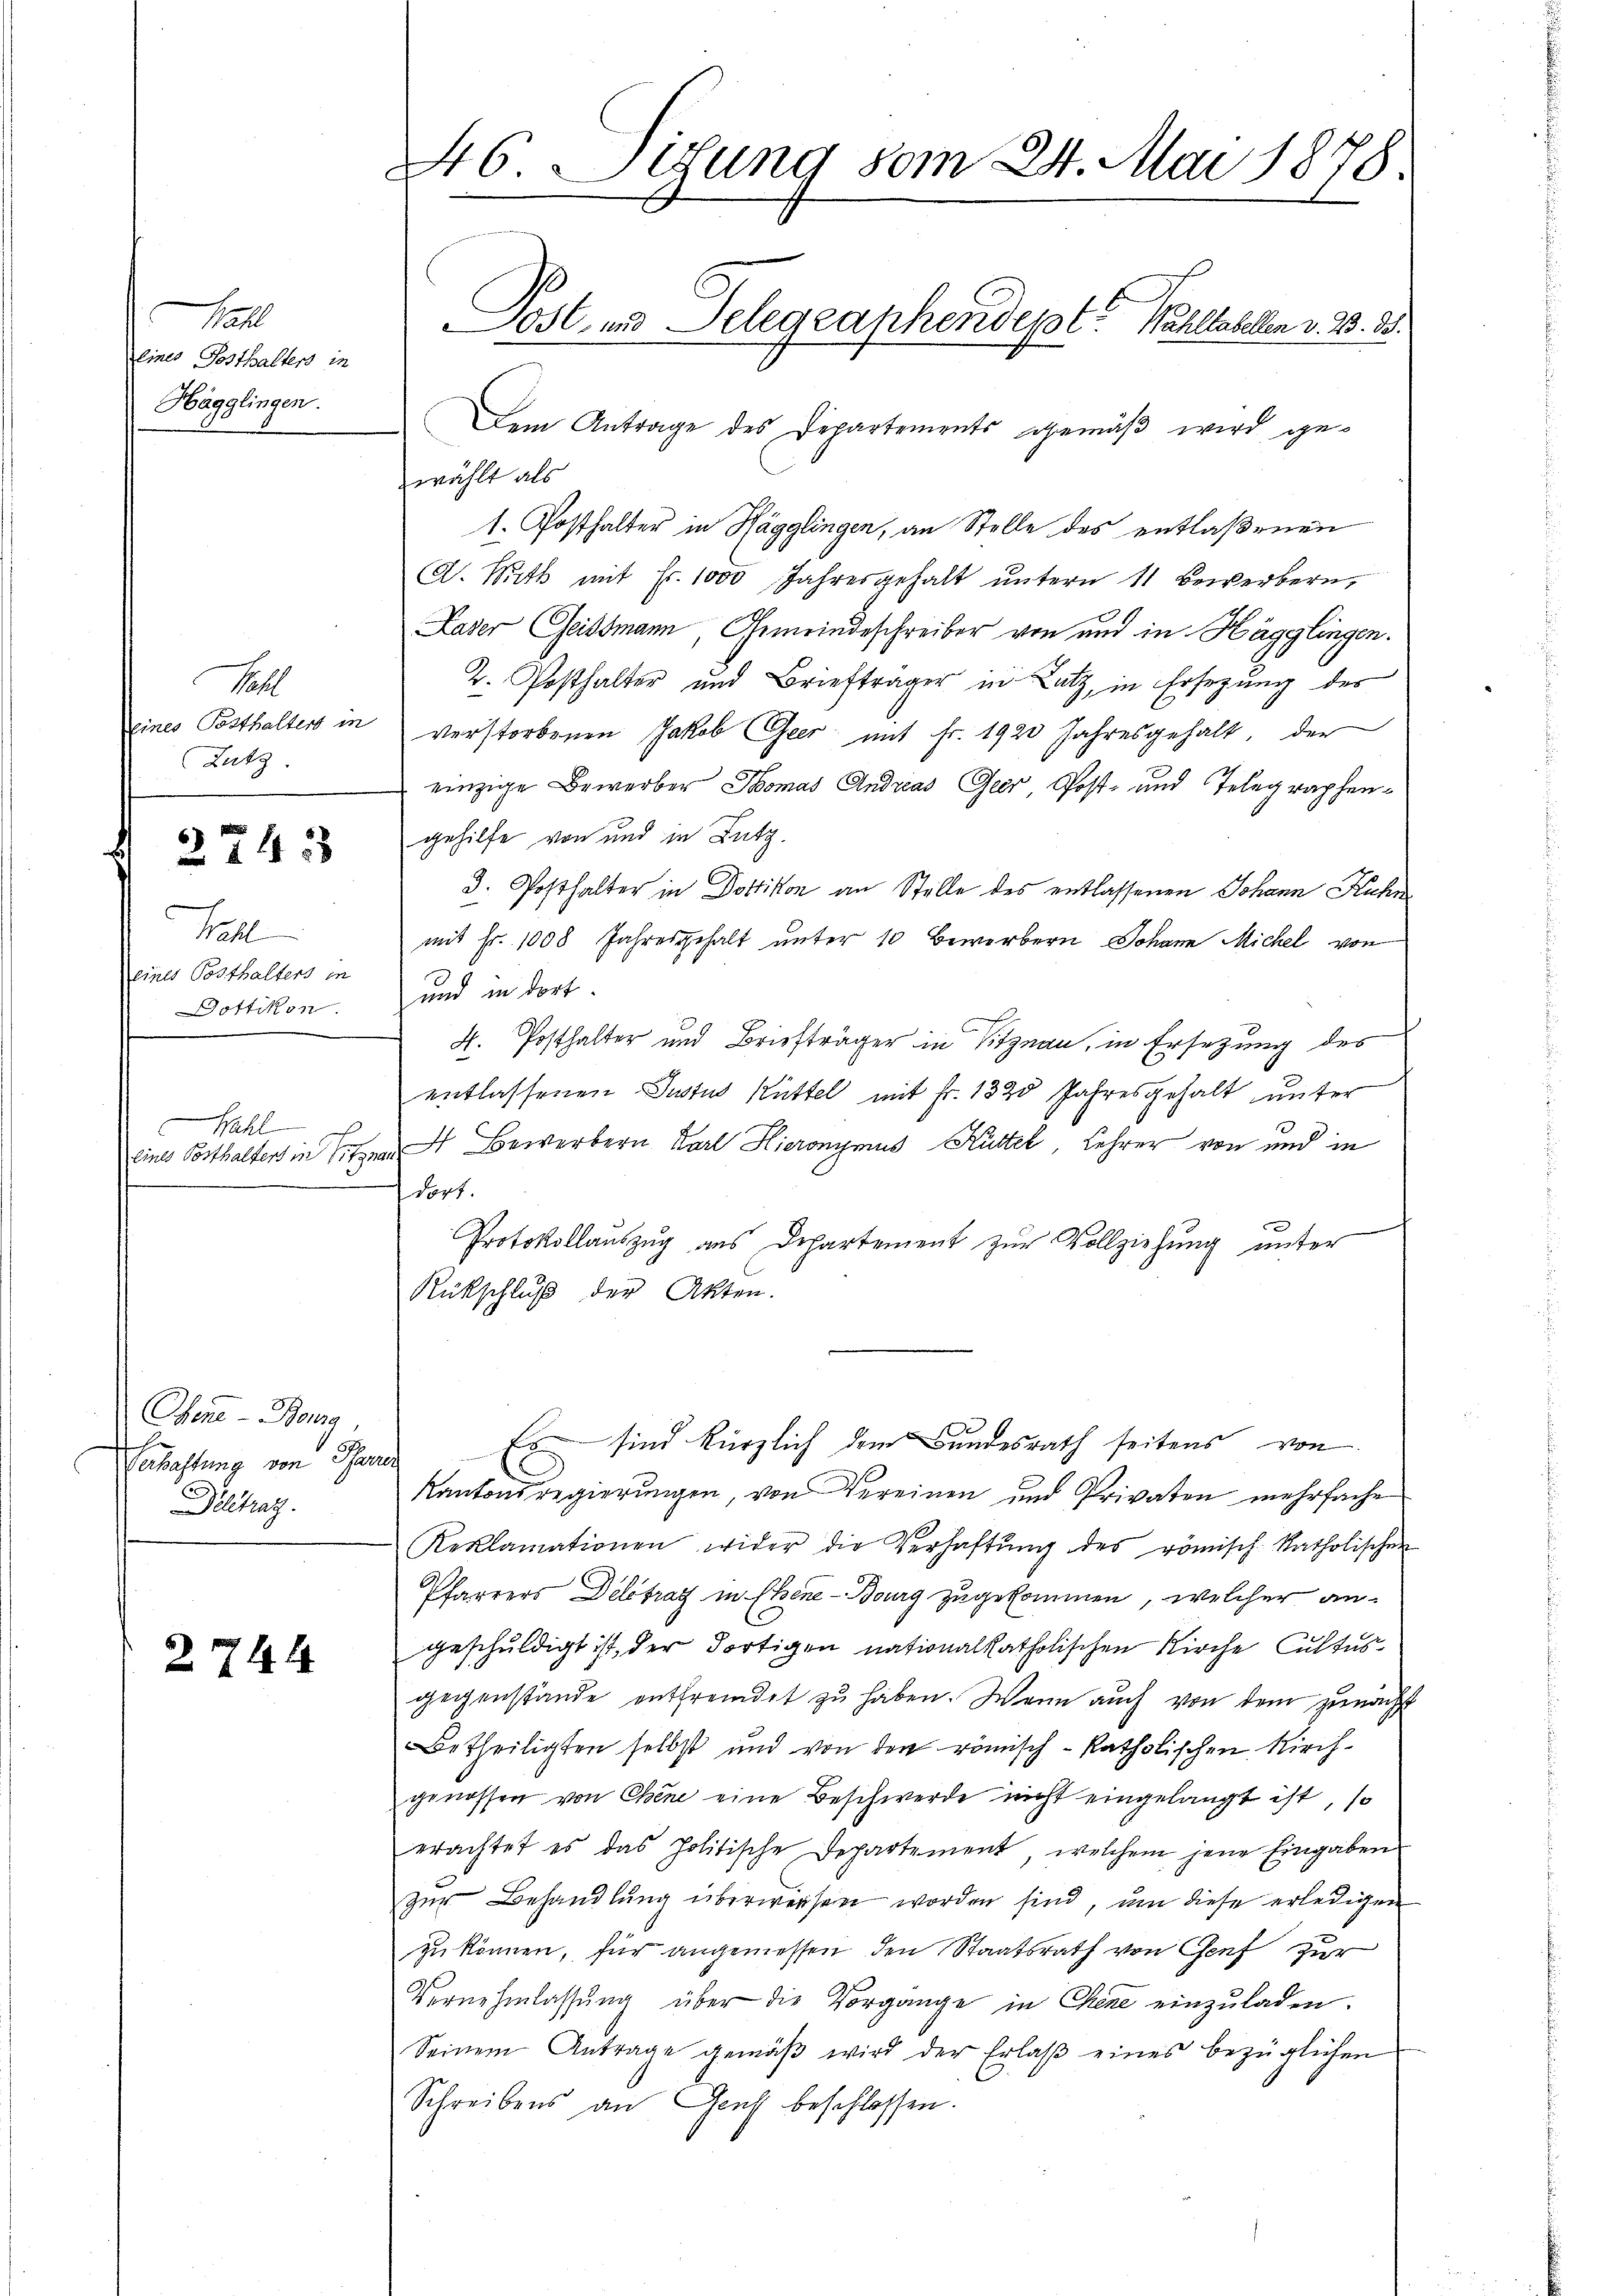
Hall
eines Posthalters in
Hägglingen.

Fal
eines Posthaltert in
Latz

2743

Wall
eines Posthalters in
Dottikon.

Wahl
eines Posthalters in

Chene - Berry,
Eulachtung von Ther
Deltraz.

2744

46 Eetung vom 24. Mai 1878

Dem Antrage des Departements gemäß wird gewählt als
1. Posthalter in Hägglingen, an Stelle des entlaßenen
C. Mith mit Fr. 1000 Jahresgehalt ŭntern 11 bewerbern,
Laser Geissmann, Gemeindeschreiber von und in Hägglingen.
2. Posthalter und Briefträger in Latz, in Ersezung des
verstorbenen Jakob Geer mit Fr. 1920 Jahresgehalt, der
einzige Bewerber Thomas Andreas Geer Post- und Telegraphengehilfe von und in Lutz.
3. Posthalter in Dottikon an Stelle des entlassenen Johann Kuhn
mit Fr. 1008 Jahresgehalt unter 10 Bewerbern Johann Michel von
und in dort.
H. Posthalter und Briefträger in Sitznau, in Ersetzung des
entlassenen Justus Rüttel mit Fr. 1320 Jahresgehalt unter
 Bewerbern Karl Hieronymus Hüttel Lehrer von und in
dort.
f
Protokollauszug aus Departement zur Vollziehung unter
Rückschluß der Akten.
Es sind kürzlich dem Bundesrath seitens von
nach
C
Kantonsregierungen, von Vereinen und Privaten mehrfache
Reklamationen wider die Verhaftŭng des römisch-katholischen
Pfarrers Delstrat in Ebene-Bourg zugekommen, welcher angeschuldigt ist, der dortigen nationalkatholischen Kirche Cultusgegenstände entfremdet zu haben. Wenn auch von dem zunächst
Betheiligten selbst und von den römisch-katholischen Kirchgenossen von Chine eine Beschwerde nicht eingelangt ist, so
erachtet es das politische Departement, welchem jene Eingaben
zŭr Behandlŭng überweisen worden sind, um diese erledigen
zu können, für angemessen den Staatsrath von Genf zur
Vernehmlassung über die Vorgange in Chene einzuladen.
Seinem Antrage gemäβ wird der Erlaβ eines bezüglichen
Schreibens an Genf beschlossen.

Jost, und Selegraphendepot Wahltabellen v. 23. 38.